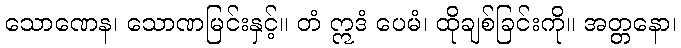
သောဏေန၊ သောဏမြင်းနှင့်။ တံ ဣဒံ ပေမံ၊ ထိုချစ်ခြင်းကို။ အတ္တနော၊